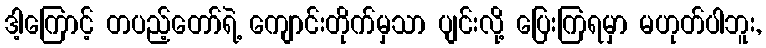
ဒါ့ကြောင့် တပည့်တော်ရဲ့ ကျောင်းတိုက်မှသာ ပျင်းလို့ ပြေးကြရမှာ မဟုတ်ပါဘူး,